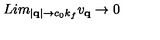
L i m _ { | { \bf { q } } | \rightarrow c _ { 0 } \mathrm { } k _ { f } } \mathrm { } v _ { { \bf { q } } } \rightarrow 0